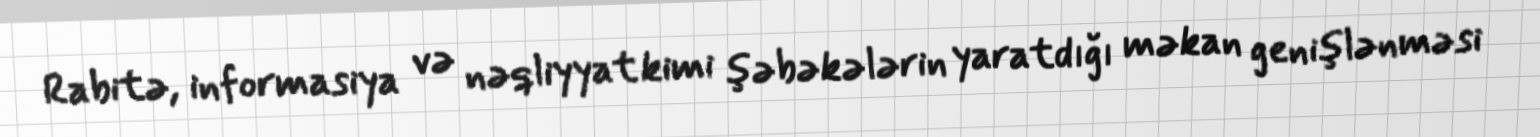
Rabitə, informasiya və nəqliyyat kimi şəbəkələrin yaratdığı məkan genişlənməsi